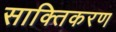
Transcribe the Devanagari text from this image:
साक्तिकरण